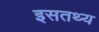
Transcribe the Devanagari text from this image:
इसतथ्य